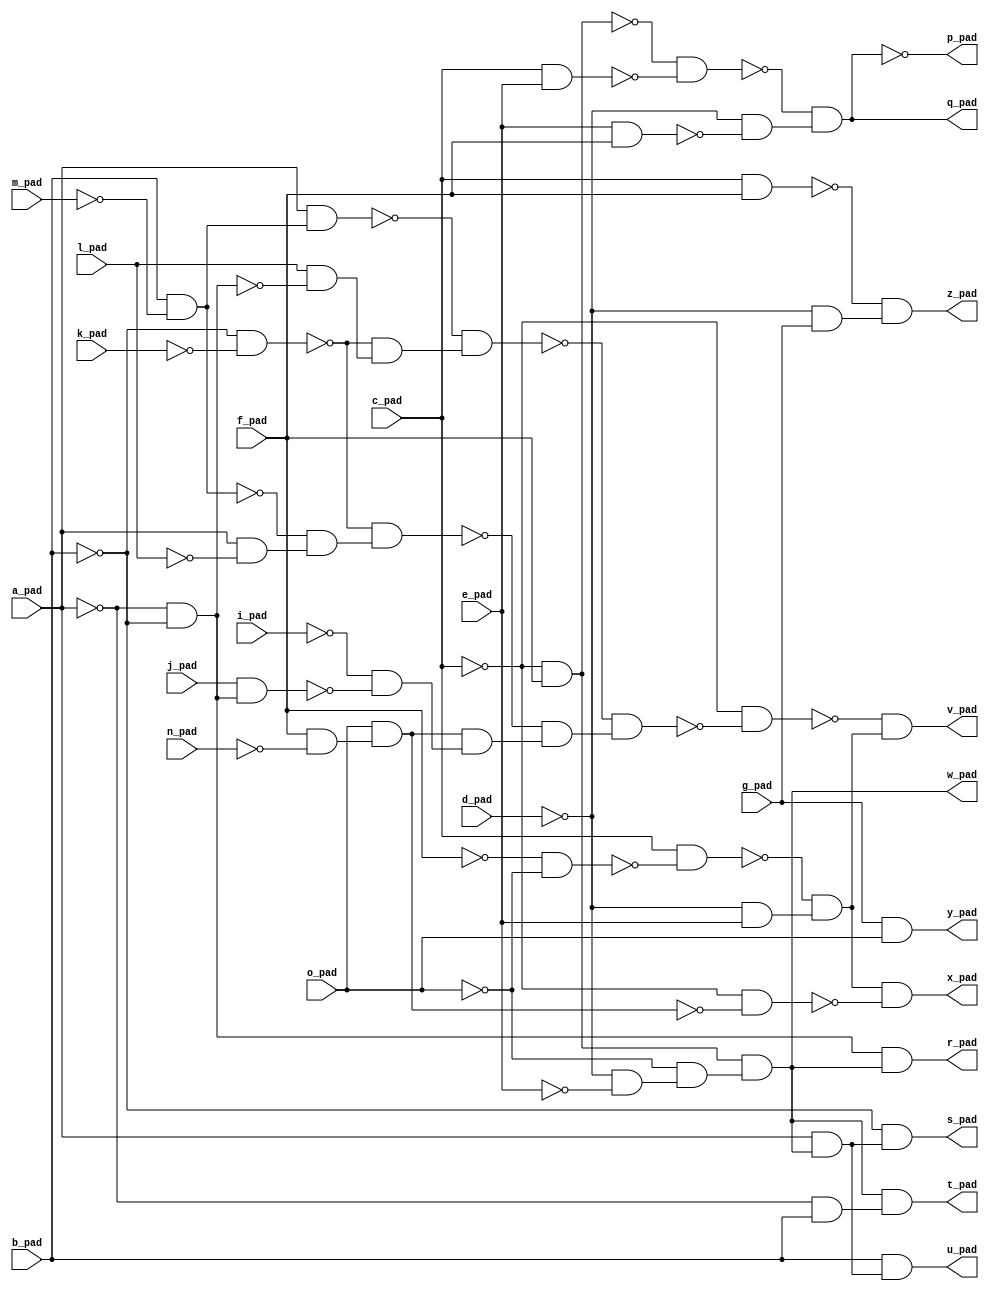
module top( a_pad , b_pad , c_pad , d_pad , e_pad , f_pad , g_pad , i_pad , j_pad , k_pad , l_pad , m_pad , n_pad , o_pad , p_pad , q_pad , r_pad , s_pad , t_pad , u_pad , v_pad , w_pad , x_pad , y_pad , z_pad );
  input a_pad ;
  input b_pad ;
  input c_pad ;
  input d_pad ;
  input e_pad ;
  input f_pad ;
  input g_pad ;
  input i_pad ;
  input j_pad ;
  input k_pad ;
  input l_pad ;
  input m_pad ;
  input n_pad ;
  input o_pad ;
  output p_pad ;
  output q_pad ;
  output r_pad ;
  output s_pad ;
  output t_pad ;
  output u_pad ;
  output v_pad ;
  output w_pad ;
  output x_pad ;
  output y_pad ;
  output z_pad ;
  wire n15 , n16 , n17 , n18 , n19 , n20 , n21 , n22 , n23 , n24 , n25 , n26 , n27 , n28 , n29 , n30 , n31 , n32 , n33 , n34 , n35 , n36 , n37 , n38 , n39 , n40 , n41 , n42 , n43 , n44 , n45 , n46 , n47 , n48 , n49 , n50 , n51 , n52 , n53 , n54 , n55 , n56 , n57 , n58 ;
  assign n16 = ~c_pad & f_pad ;
  assign n17 = c_pad & e_pad ;
  assign n18 = ~n16 & ~n17 ;
  assign n15 = e_pad & f_pad ;
  assign n19 = ~d_pad & ~n15 ;
  assign n20 = ~n18 & n19 ;
  assign n21 = ~a_pad & ~b_pad ;
  assign n22 = ~d_pad & ~e_pad ;
  assign n23 = ~o_pad & n22 ;
  assign n24 = n16 & n23 ;
  assign n25 = n21 & n24 ;
  assign n26 = a_pad & n24 ;
  assign n27 = ~b_pad & n26 ;
  assign n28 = ~a_pad & b_pad ;
  assign n29 = n24 & n28 ;
  assign n30 = b_pad & n26 ;
  assign n34 = b_pad & ~m_pad ;
  assign n39 = a_pad & n34 ;
  assign n35 = ~b_pad & ~k_pad ;
  assign n40 = l_pad & ~n21 ;
  assign n41 = ~n35 & n40 ;
  assign n42 = ~n39 & n41 ;
  assign n36 = a_pad & ~l_pad ;
  assign n37 = ~n34 & n36 ;
  assign n38 = ~n35 & n37 ;
  assign n32 = f_pad & ~n_pad ;
  assign n33 = o_pad & n32 ;
  assign n31 = j_pad & n21 ;
  assign n43 = ~i_pad & ~n31 ;
  assign n44 = n33 & n43 ;
  assign n45 = ~n38 & n44 ;
  assign n46 = ~n42 & n45 ;
  assign n47 = ~c_pad & ~n46 ;
  assign n48 = ~f_pad & ~o_pad ;
  assign n49 = c_pad & ~n48 ;
  assign n50 = ~d_pad & e_pad ;
  assign n51 = ~n49 & n50 ;
  assign n52 = ~n47 & n51 ;
  assign n53 = ~c_pad & ~n33 ;
  assign n54 = n51 & ~n53 ;
  assign n55 = g_pad & o_pad ;
  assign n56 = c_pad & f_pad ;
  assign n57 = ~d_pad & g_pad ;
  assign n58 = ~n56 & n57 ;
  assign p_pad = ~n20 ;
  assign q_pad = n20 ;
  assign r_pad = n25 ;
  assign s_pad = n27 ;
  assign t_pad = n29 ;
  assign u_pad = n30 ;
  assign v_pad = n52 ;
  assign w_pad = n24 ;
  assign x_pad = n54 ;
  assign y_pad = n55 ;
  assign z_pad = n58 ;
endmodule